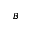
_ B